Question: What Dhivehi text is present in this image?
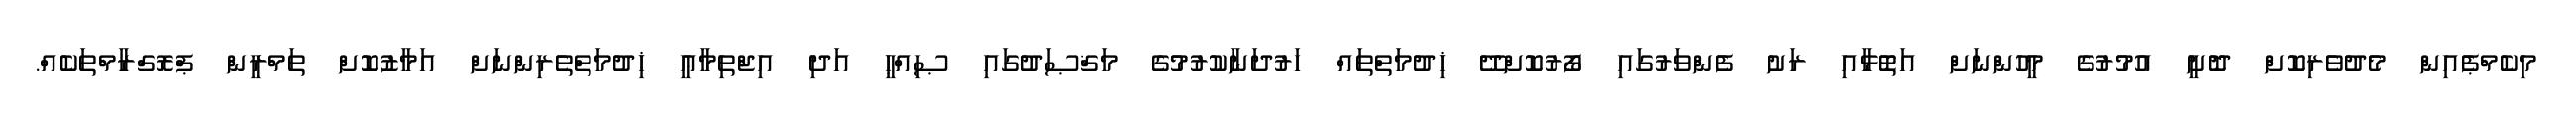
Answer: މިކެމްޕެއިން މެދުވެރިކޮށް ދޮށީ އުމުރުގެ މީހުންނަށް އަތޮޅާއި ރަށު ފެންވަރުގައި ފޯރުކޮށްދޭ ޚިދުމަތްތައް ހަރުދަނާކުރުމުގެ މަޤްޞަދުގައި ޞިއްޙީ އަދި އިޖްތިމާޢީ ޚިދުމަތްތެރިންނަށް އަމާޒުކޮށް ތަމްރީން ޕްރޮގްރާމްތަކެއް.